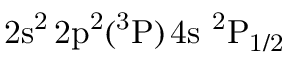
\mathrm { 2 s ^ { 2 } \, 2 p ^ { 2 } ( ^ { 3 } P ) \, 4 s ~ ^ { 2 } P _ { 1 / 2 } }